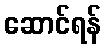
ဆောင်ရန်